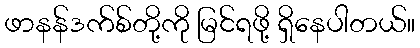
ဖာနန်ဒက်စ်တို့ကို မြင်ရဖို့ ရှိနေပါတယ်။